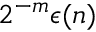
2 ^ { - m } \epsilon ( n )